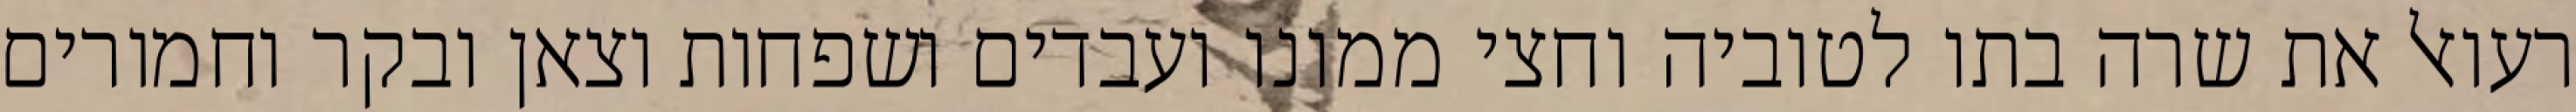
רעואל את שרה בתו לטוביה וחצי ממונו ועבדים ושפחות וצאן ובקר וחמורים